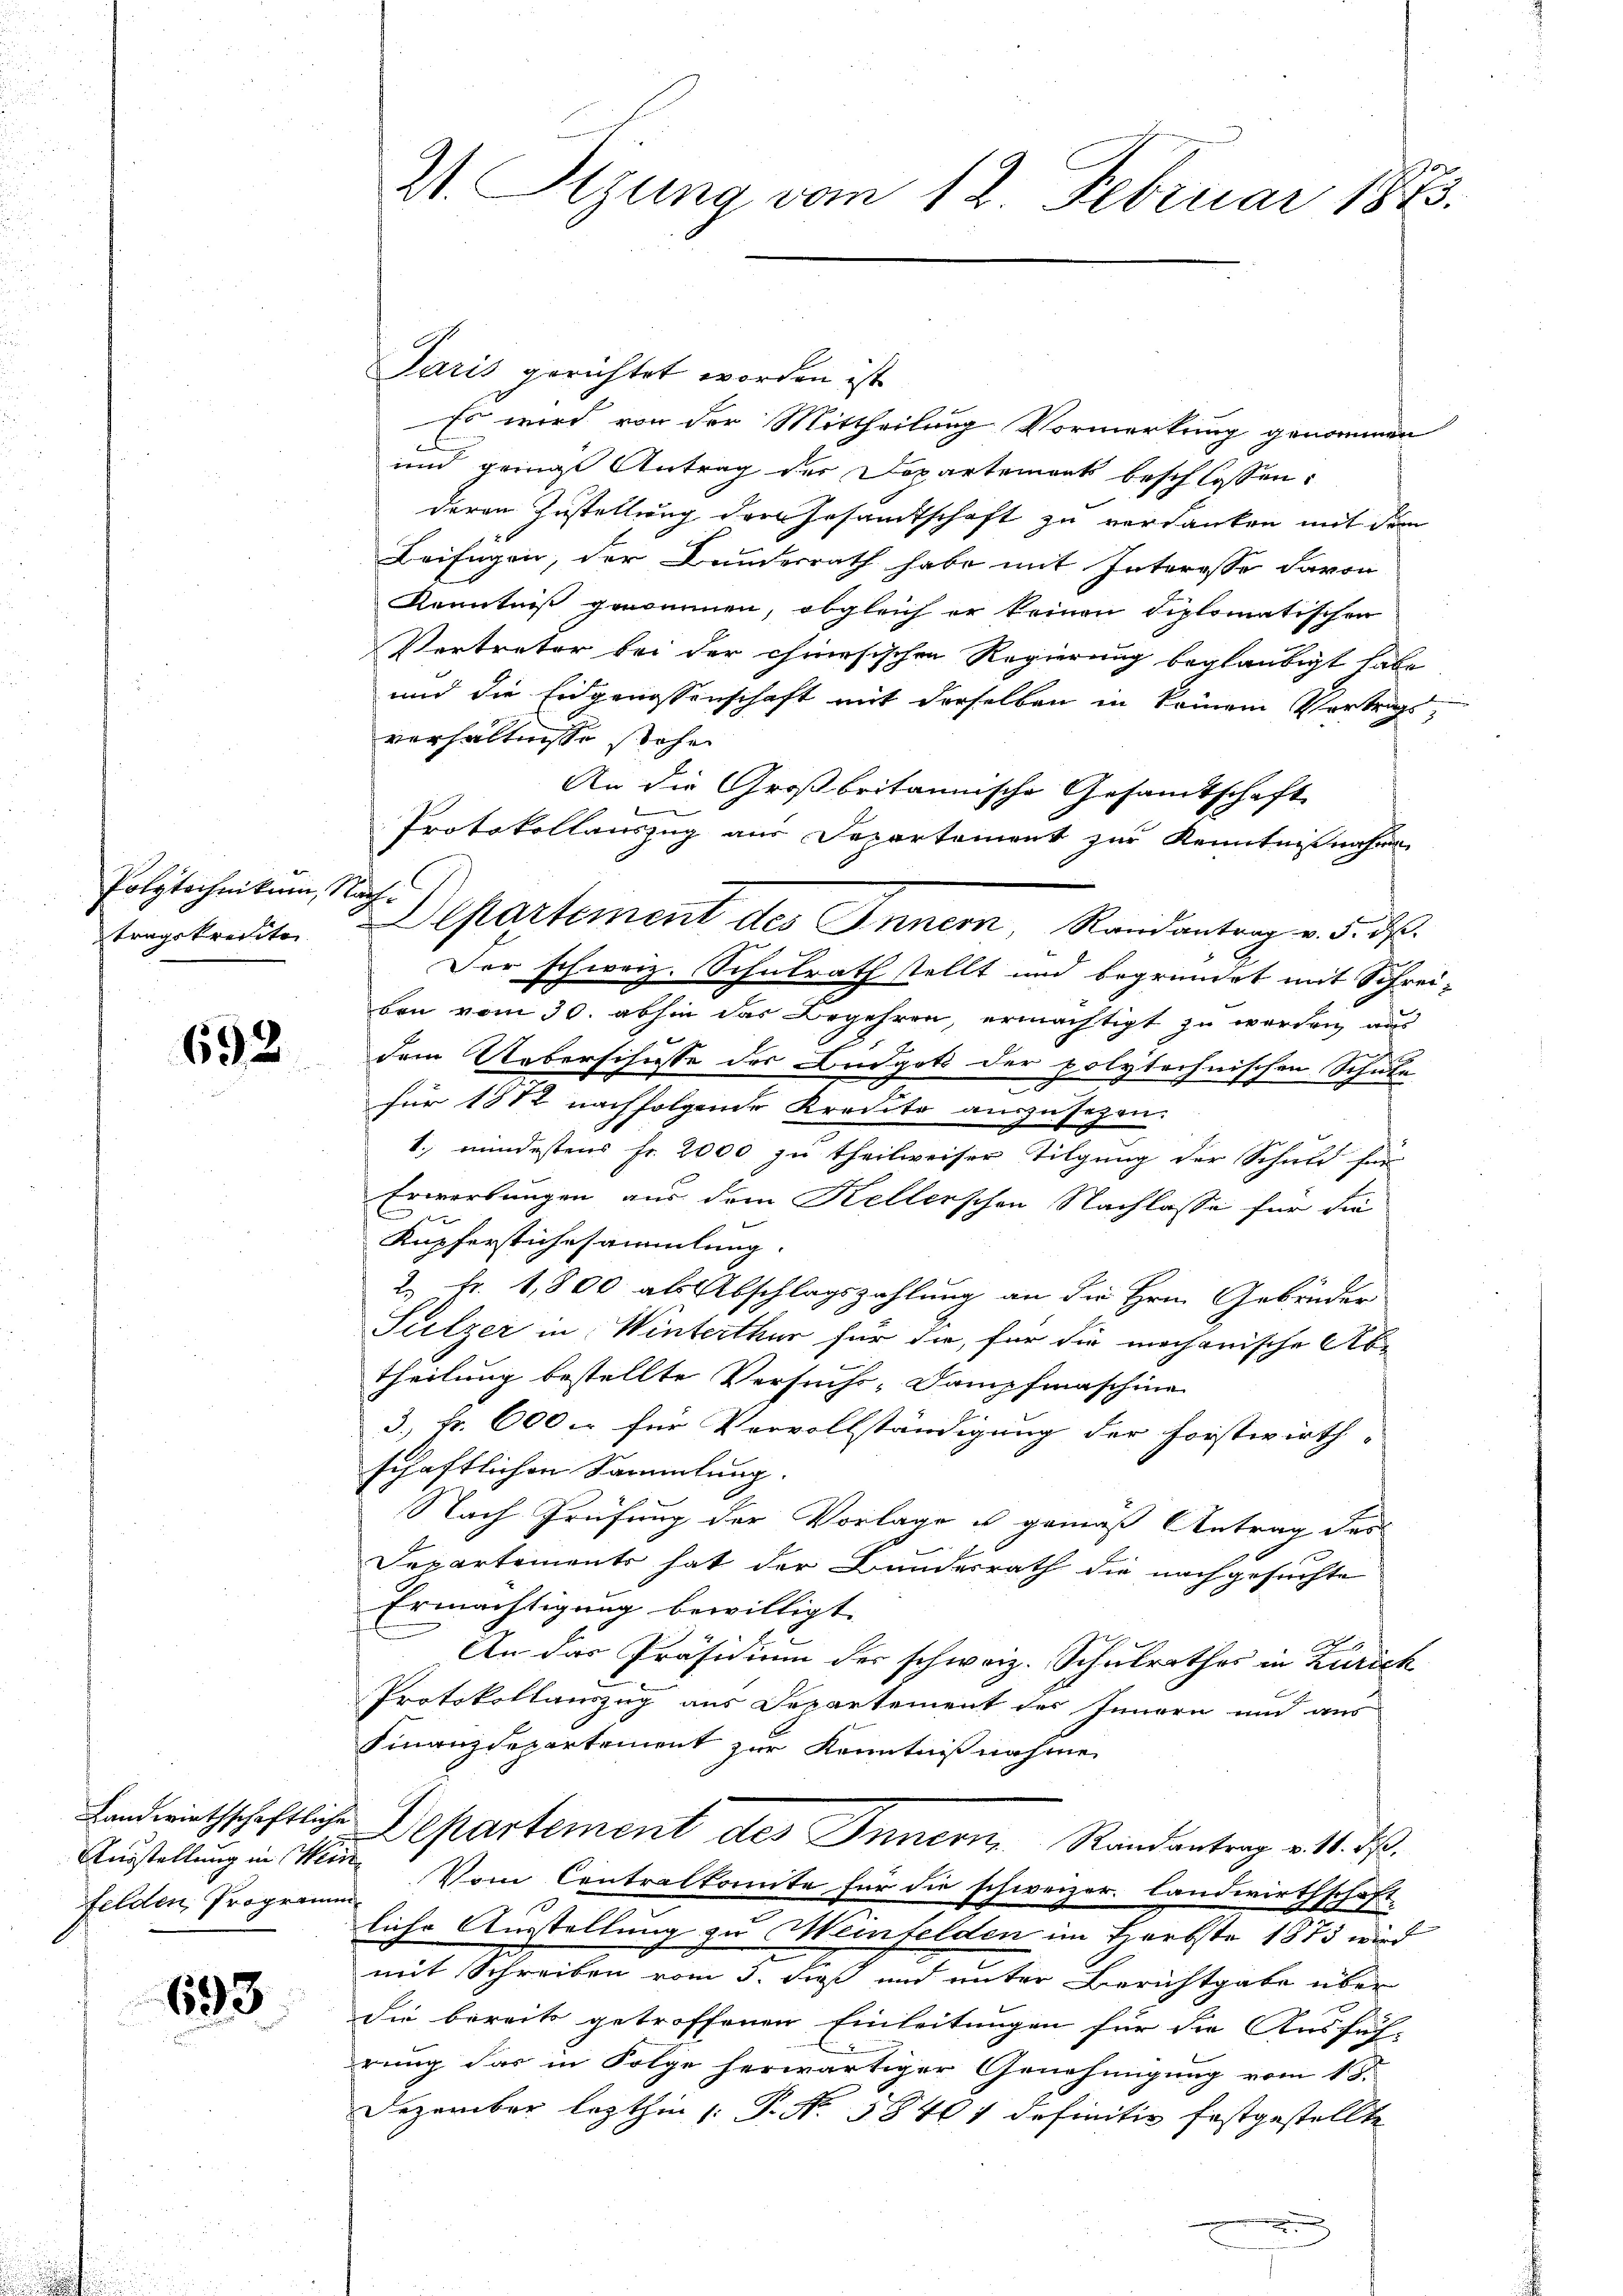
Polytechnikum, Nach
tragskreiste

692

Ausstellung in seine

693

W. Szung vom 12. Februar 1873.

Paris gerichtet worden ist
Es wird von der Mittheilung Vormerkung genommen
und ganze Antrag der Departement beschlossen:
deren Zustellung der Gesamtschaft zu verdanken mit dem
Leifügen, der Bundesrath habe mit Interesse davon
Kenntniß genommen, obgleich er keinen diplomatischen
Vertreter bei der chinesischen Regierung beglaubigt habe
und die Eidgenossenschaft mit derselben in keinem Vertrags,
verhältnisse stehe
An die Großbritannische Gesamtschaft
e
Protokollauszug aus Departement zur Kenntnißnahme
Der schweiz. Schulrath stellt und begründet mit Schreiben vom 30. abhin das Begehren, ermächtigt zu werden, aus
dem Ueberschusse der Budget der polytechnischen Schule
für 1872 nachfolgende Kredito auszusezen.
1.) mindestens Fr. 2000 zu theilweiser Tilgung der Schuld für
Erwerbungen aus dem Kellerschen Nachlasse für die
Kupferstichesammlung.
2. Fr. 1,800 als Abschlagszahlung an die Hrn. Gebrüder
Sulzer in Winterthur für die, für die mechanische Ab-
Theilung bestellte Versuchs-Dampfmaschine
3.) Fr. 600 er für Vervollständigung der Forstwirth-
schaftlichen Sammlung.
Nach Prüfung der Vorlage u gemäß Antrag des
Departements hat der Bundesrath die nachgesuchte
Ermächtigung bewilligt.
An das Präsidium der schweiz. Schulrathes in Zürich
Protokollauszug aus Departement des Innern und aus
Finanzdepartement zur Kenntnißnahme
Landwirthschaftliche Departement des Innern, Randantrag v. 11. ds.
Felden Programm. Vom Centralkomite für die schweizer. Landwirthschaft-
liche Ausstellung zu Meinfelden im Herbste 1875 wird
mit Schreiben vom 5. dieß und unter Berichtgabe über
die bereits getroffenen Einleitungen für die Ausfüh-
rung das in Folge herwärtiger Genehmigung vom 18.
Dezember lezthin |: P. N. 38467 definitiv festgestellte

Departement des Innern, Randantrag v. 5. d.